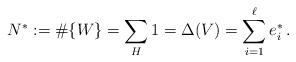
LaTeX: \begin{align*}N^*:=\#\{W\}= \sum_H 1 =\Delta(V) =\sum_{i=1}^\ell e^*_i\, .\end{align*}